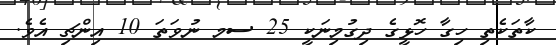
ކާތަކެތި ހިގާ ހޮޅީގެ ދިގުމިނަކީ 25 ސމ ނުވަތަ 10 އިންޗި އެވެ.